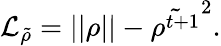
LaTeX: \mathcal{L}_{\tilde{\rho}}=\left|\left|\rho\right|\right|-\tilde{\rho^{t+1}}^{2}.